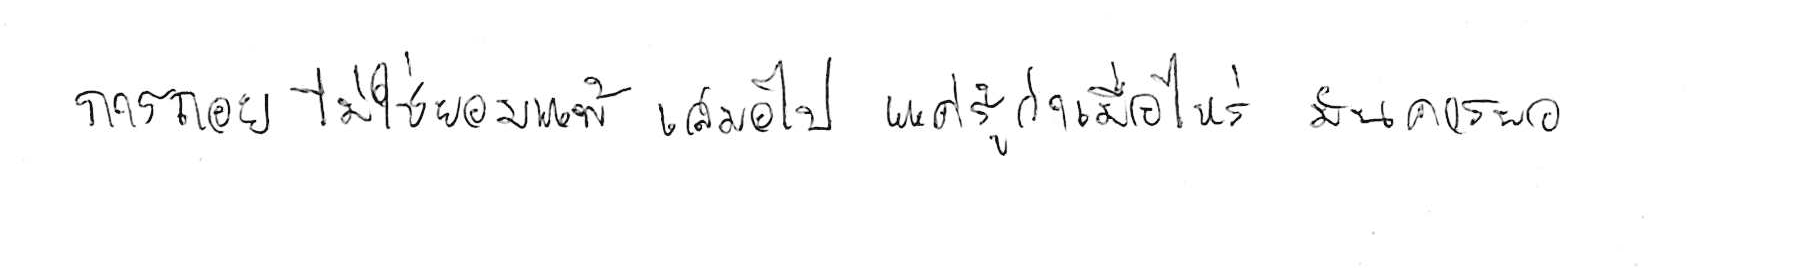
การถอย ไม่ใช่ยอมแพ้ เสมอไป แค่รู้ว่าเมื่อไหร่ มันควรพอ